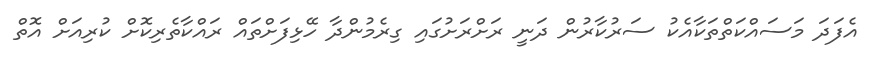
އެފަދަ މަސައްކަތްތަކާއެކު ސަރުކާރުން ދަނީ ރަށްރަށުގައި ގިރެމުންދާ ހޭޅިފަށްތައް ރައްކާތެރިކޮށް ކުރިއަށް އޮތް